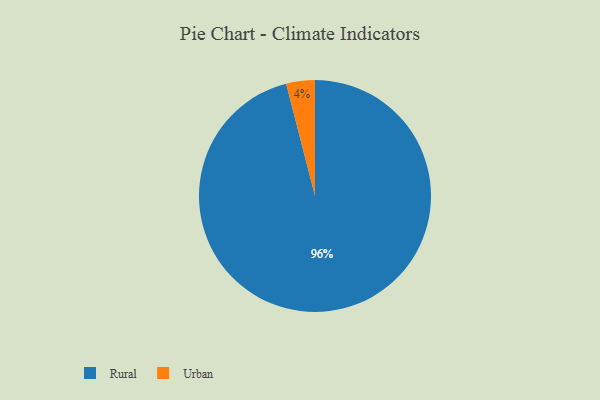
{"axis": {"x": "Category", "y": "Percentage"}, "legend": ["Rural", "Urban"], "data": [{"x": "Urban", "y": 4, "type": "Urban"}, {"x": "Rural", "y": 96, "type": "Rural"}]}